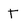
Character: t